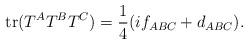
LaTeX: \begin{align*}{\rm tr}(T^A T^B T^C) = {1 \over 4} (i f_{ABC}+d_{ABC}) .\end{align*}